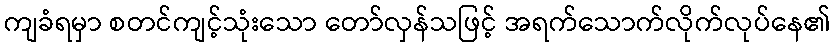
ကျခံရမှာ စတင်ကျင့်သုံးသော တော်လှန်သဖြင့် အရက်သောက်လိုက်လုပ်နေ၏